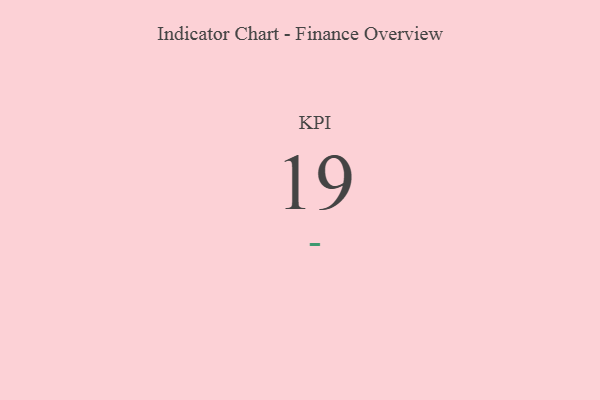
{"axis": {"x": "KPI", "y": "Value"}, "legend": [""], "data": [{"x": "KPI", "y": 19, "type": ""}]}